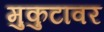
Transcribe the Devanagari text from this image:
मुकुटावर